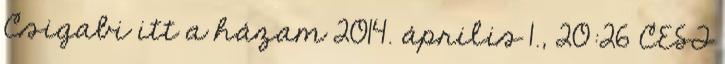
Csigabi itt a házam 2014. április 1., 20:26 CEST